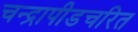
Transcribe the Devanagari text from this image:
चन्द्रापीडचरित